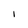
Character: l